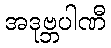
အဒုဗ္ဘပါဏီ